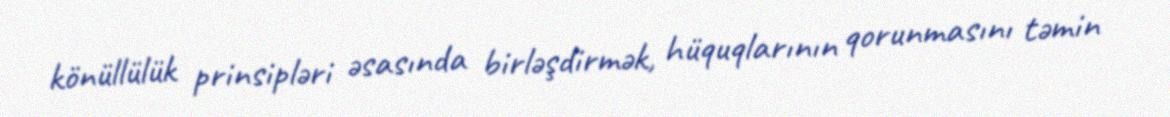
könüllülük prinsipləri əsasında birləşdirmək, hüquqlarının qorunmasını təmin